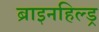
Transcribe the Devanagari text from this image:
ब्राइनहिल्ड्र